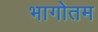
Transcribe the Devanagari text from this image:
भागोतम